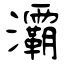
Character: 灞